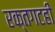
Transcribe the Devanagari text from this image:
रक्तगटही